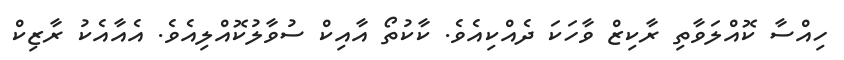
ހިއްސާ ކޮއްލަވާތި ރާކިޒް ވާހަކަ ދެއްކިއެވެ. ކާކުތޯ އާއިކް ސުވާލުކޮއްލިއެވެ. އެއާއެކު ރާޒިކް